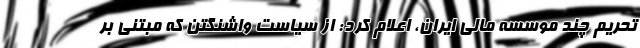
تحریم چند موسسه مالی ایران، اعلام کرد: از سیاست واشنگتن که مبتنی بر